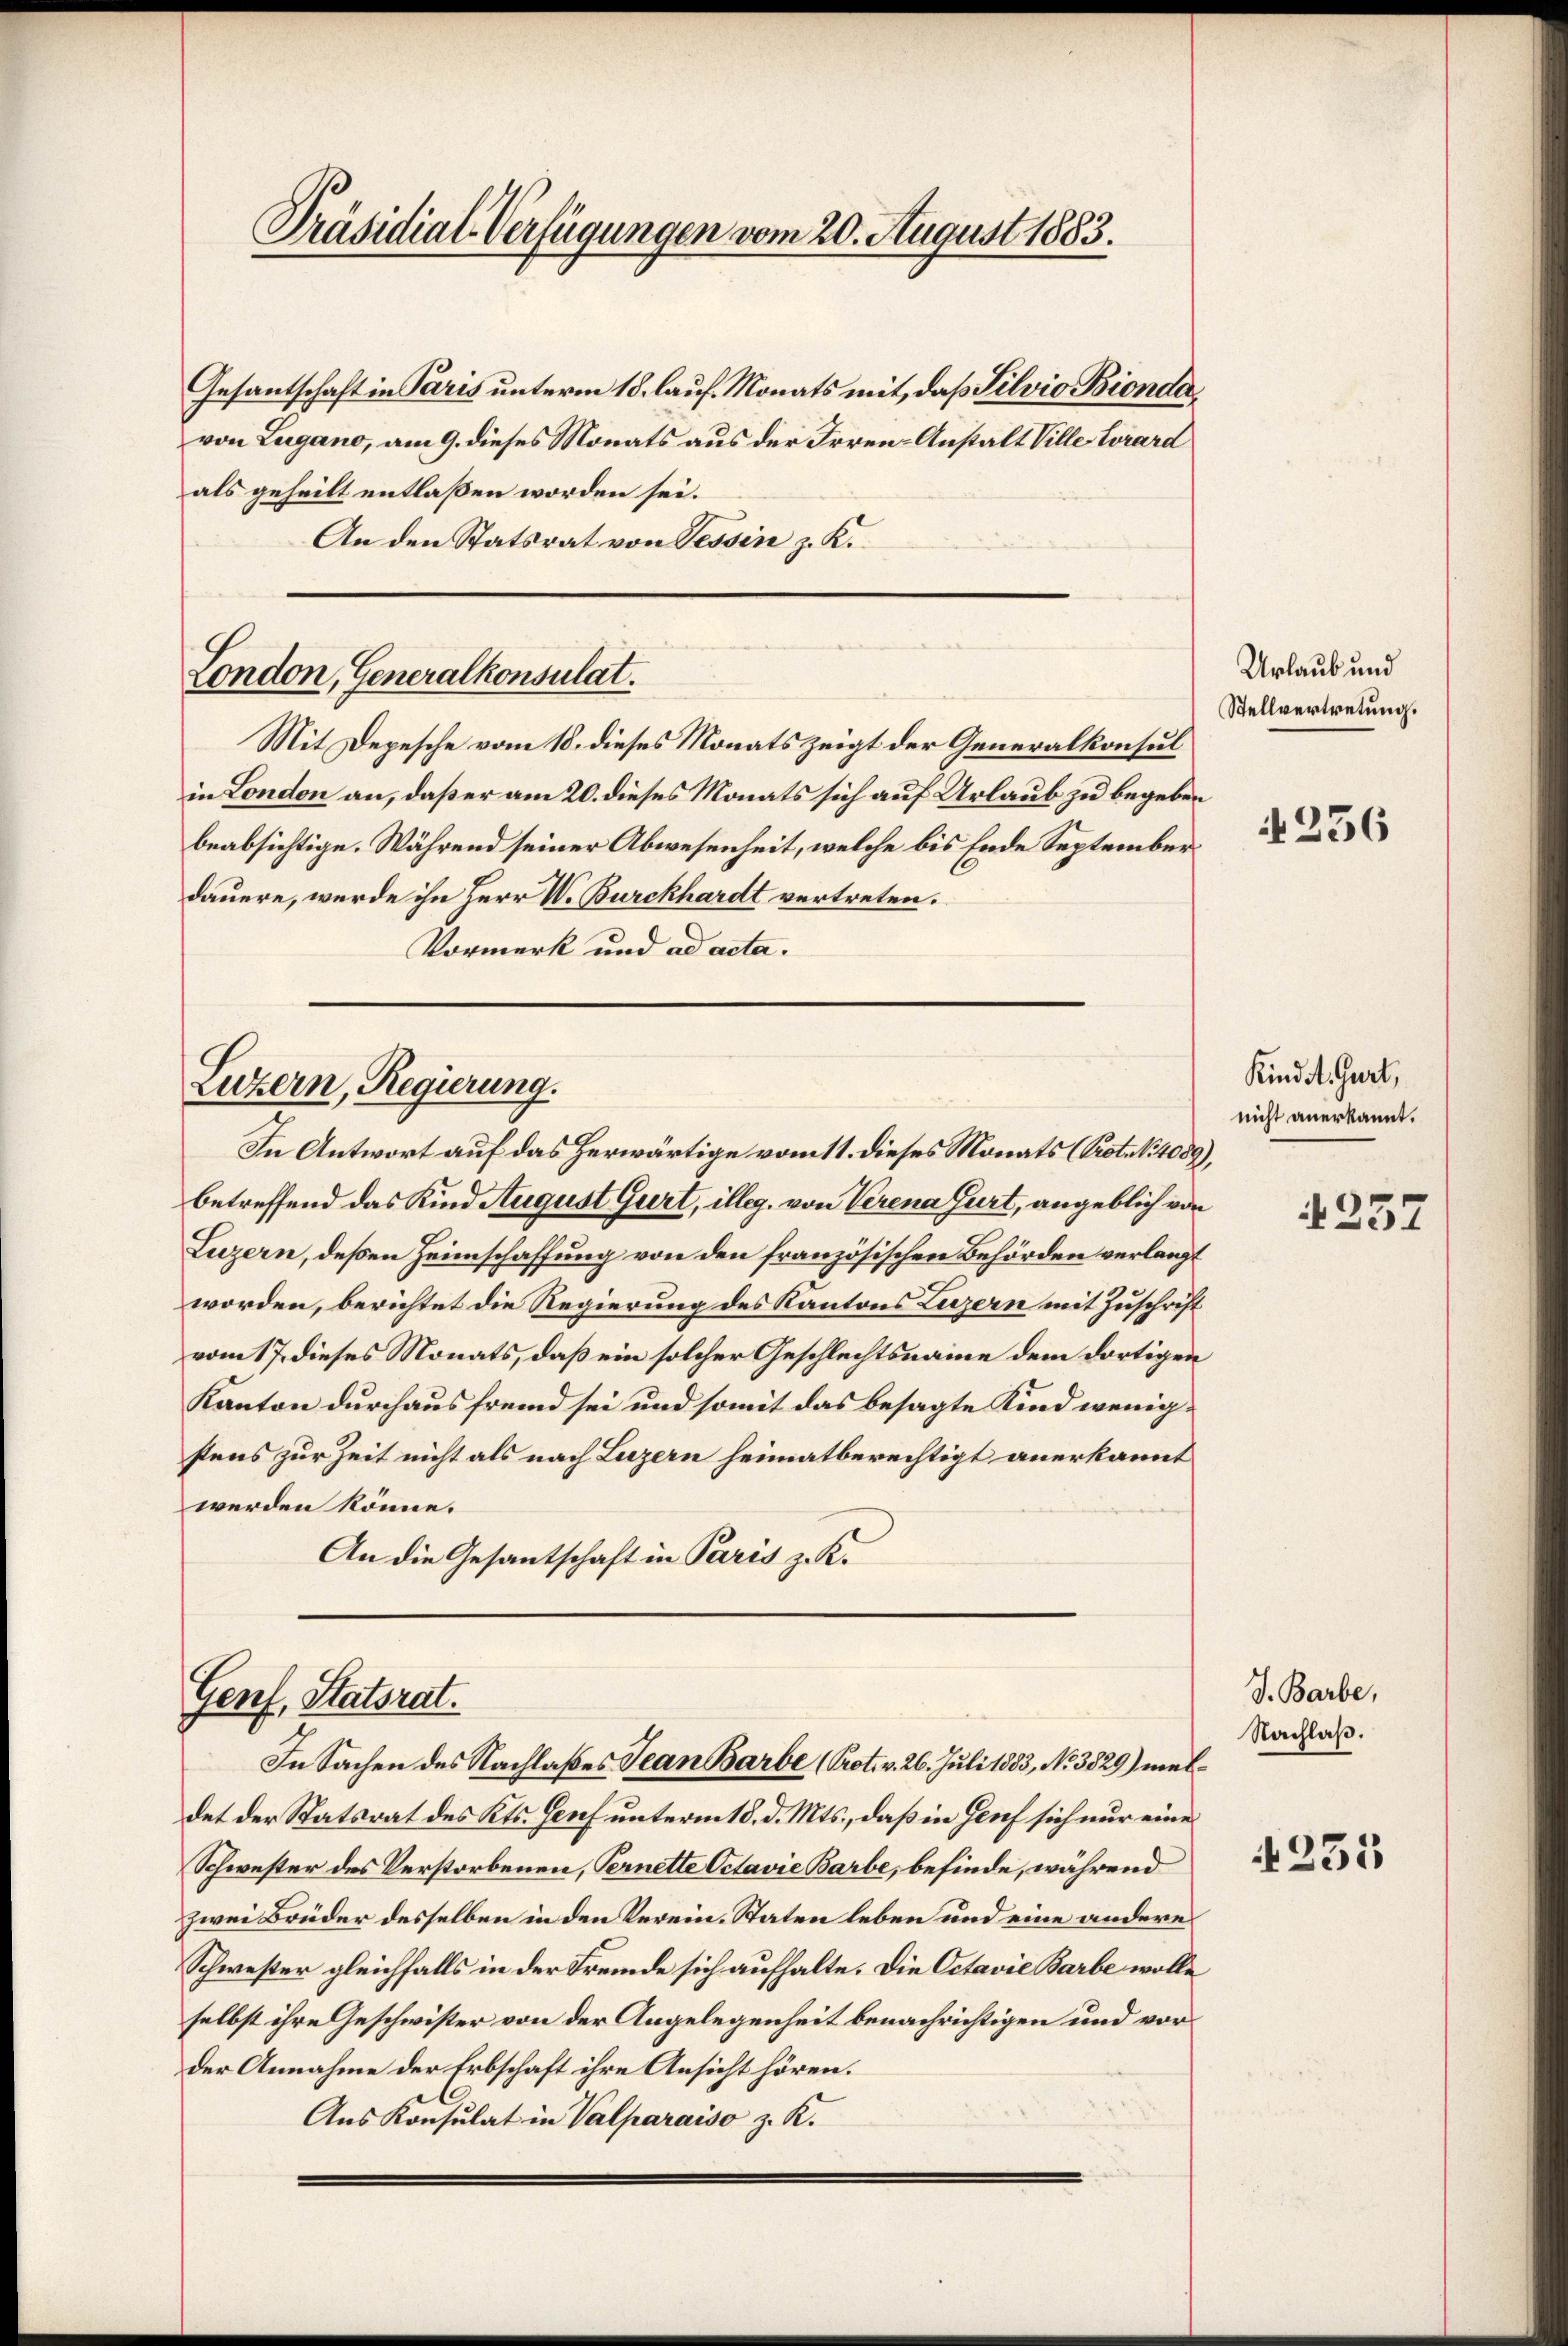
Präsidial-Verfügungen vom 20. August 1883.

Gesantschaft in Paris unterm 18. lauf. Monats mit, daß Silvio Bionda
von Lugano, am 9. dieses Monats aus der Irren-Anstalt Ville Corard
als geheilt entlaßen worden sei.
An den Statsrat von Tessin z. K.

London, Generalkonsulat.

Mit Depesche vom 18. dieses Monats zeigt der Generalkonsul
in London an, daß er am 20. dieses Monats sich auf Urlaub zu begeben
beabsichtige. Während seiner Abwesenheit, welche bis Ende Septemberdauere, werde ihn Herr W. Burckhardt vertreten.
Vormerk und ad acta.

Luzern, Regierung.
In Antwort auf das herwärtige vom 11. dieses Monats (Prot. N. 4089),

betreffend das Kind August Gurt, illeg. von Verena Gurt, angeblich von
Luzern, deßen Heimschaffung von den französischen Behörden verlangt
worden, berichtet die Regierung des Kantons Luzern mit Zuschrift
vom 17. dieses Monats, daß ein solcher Geschlechtsname dem dortigen
Kanton durchaus fremd sei und somit das besagte Kind wenigstens zur Zeit nicht als nach Luzern heimatberechtigt anerkannt
werden könne.
An die Gesantschaft in Paris z. K.

Genf, Statsrat.
In Sachen des Nachlaßes Jean Barbe (Prot. v. 26. Juli 1883, No 3829) mel¬

det der Statsrat des Kts. Genf unterm 18. d. Mts., daß in Genf sich nur eine
Schwester des Verstorbenen, Ternette Octavie Barbe, befinde, während
zwei Brüder desselben in den Kerein-Staten leben und eine anderes
Schwester gleichfalls in der Fremde sich aufhalte. Die Octavie Barbe wolle
selbst ihre Geschwister von der Angelegenheit benachrichtigen und vorder Annahme der Erbschaft ihre Ansicht hören.
Aus Konsulat in Valparaiso z. K.

Urlaub und
Stellvertretung.

236

Kind St. Gurt,
nicht anerkannt.

J. Barbe,
Nachlaß.

1235

4257